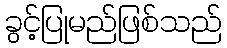
ခွင့်ပြုမည်ဖြစ်သည်